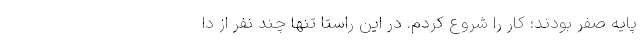
پایه صفر بودند؛ کار را شروع کردم. در این راستا تنها چند نفر از دا